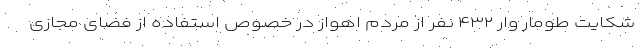
شکایت طومار وار ۴۳۲ نفر از مردم اهواز در خصوص استفاده از فضای مجازی